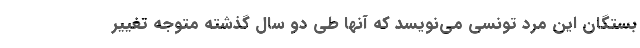
بستگان این مرد تونسی می‌نویسد که آنها طی دو سال گذشته متوجه تغییر